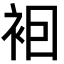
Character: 𧙊